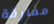
مفارقة